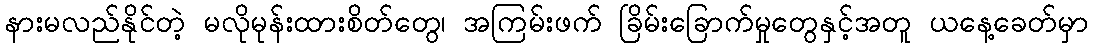
နားမလည်နိုင်တဲ့ မလိုမုန်းထားစိတ်တွေ၊ အကြမ်းဖက် ခြိမ်းခြောက်မှုတွေနှင့်အတူ ယနေ့ခေတ်မှာ